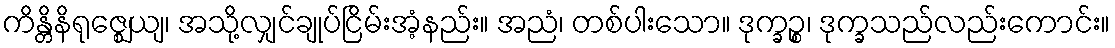
ကိန္တိနိရုဇ္ဈေယျ၊ အသို့လျှင်ချုပ်ငြိမ်းအံ့နည်း။ အညံ၊ တစ်ပါးသော။ ဒုက္ခဉ္စ၊ ဒုက္ခသည်လည်းကောင်း။